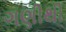
ગણીથી